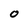
Character: 0